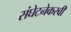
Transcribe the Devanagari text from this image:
संघेटनेकरवी